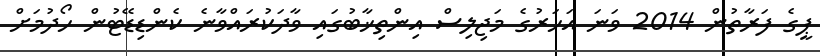
ޕީގެ ފަރާތުން 2014 ވަނަ އަހަރުގެ މަޖިލިސް އިންތިޚާބުގައި ވާދަކުރައްވާނެ ކެންޑިޑޭޓުން ހޯދުމަށް